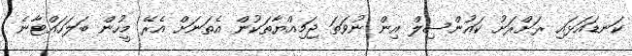
ކަނޑައަޅައި ރަށްރަށު ކައުންސިލް އިން ނުވަތަ ޖަމިއްޔާތަކުން އެތަނަށް އެރޭ މީހުން ބަލަހައްޓާނެ